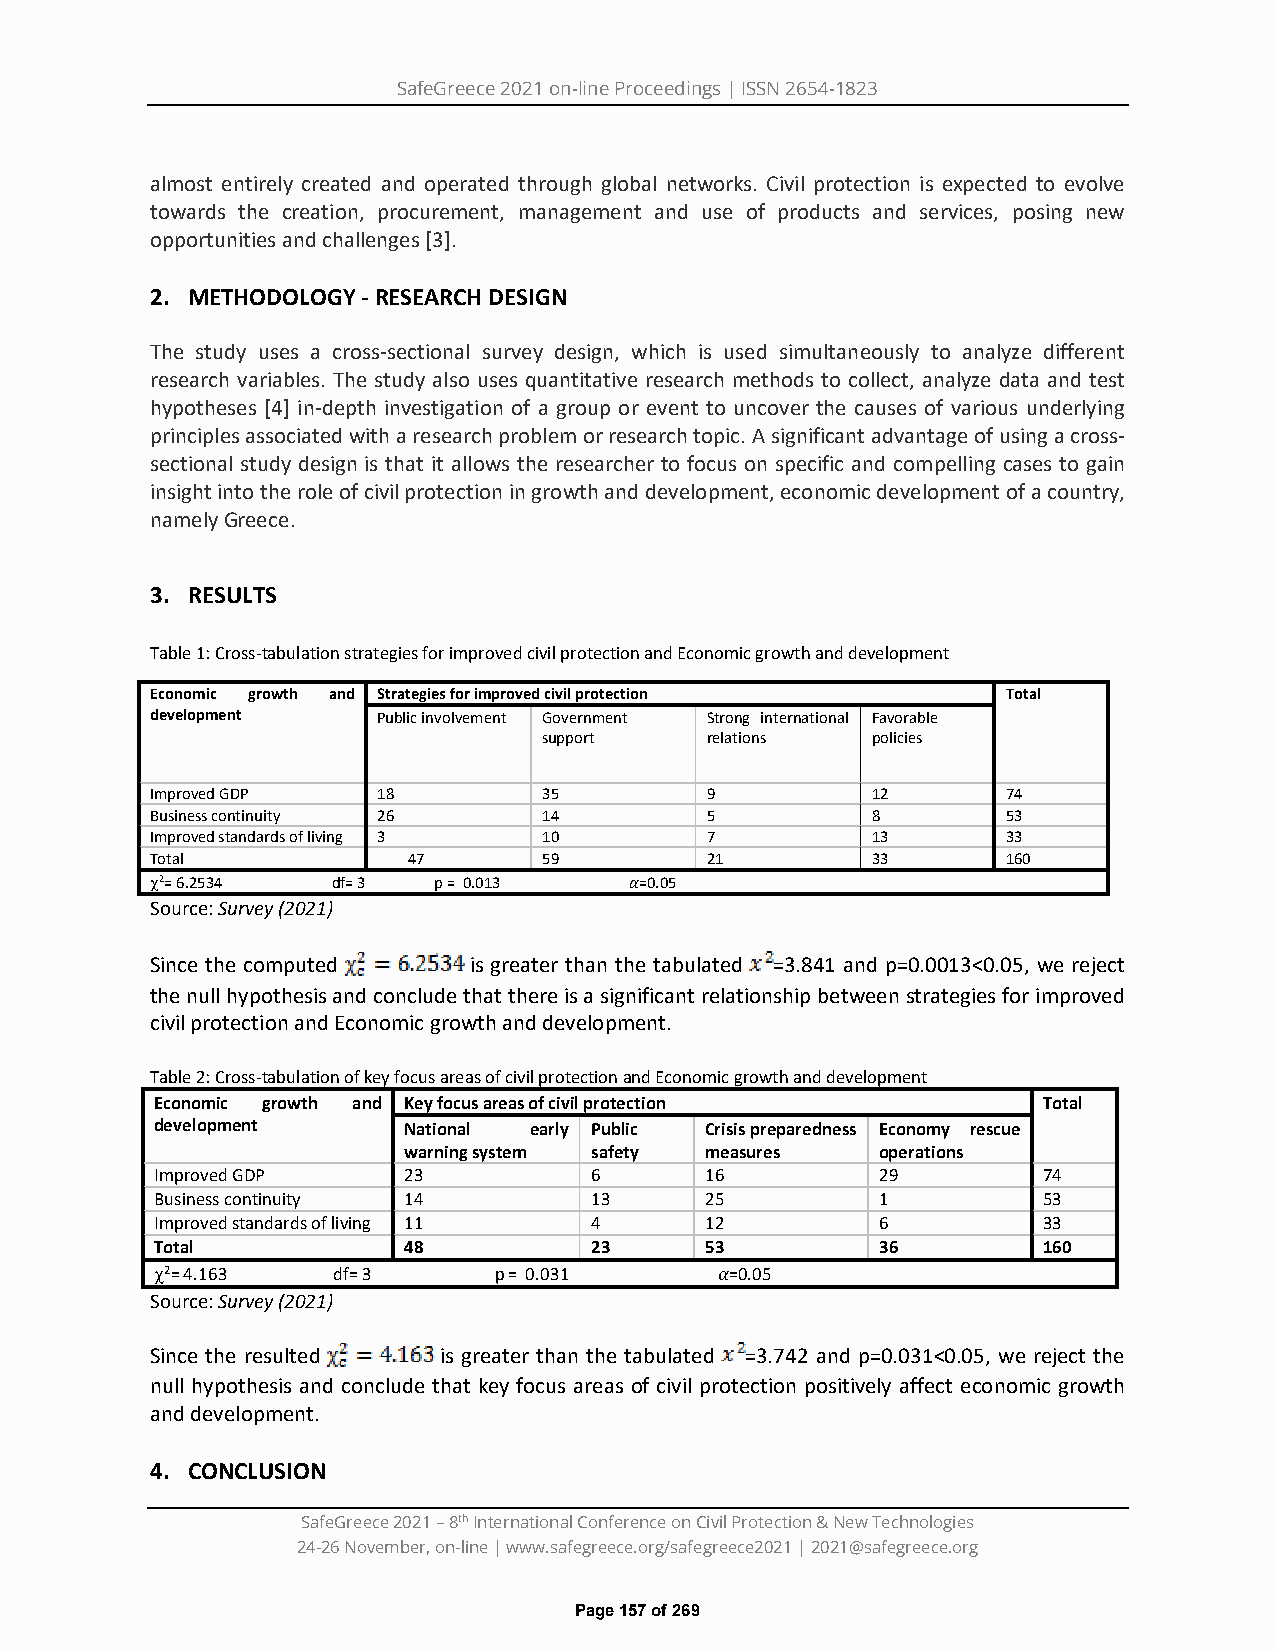
SafeGreece 2021 on-line Proceedings | ISSN 2654-1823
 almost entirely created and operated through global networks. Civil protection is expected to evolve
 towards the creation, procurement, management and use of products and services, posing new
 opportunities and challenges [3].
 2. METHODOLOGY - RESEARCH DESIGN
 The study uses a cross-sectional survey design, which is used simultaneously to analyze different
 research variables. The study also uses quantitative research methods to collect, analyze data and test
 hypotheses [4] in-depth investigation of a group or event to uncover the causes of various underlying
 principles associated with a research problem or research topic. A significant advantage of using a cross-
 sectional study design is that it allows the researcher to focus on specific and compelling cases to gain
 insight into the role of civil protection in growth and development, economic development of a country,
 namely Greece.
 3. RESULTS
 Table 1: Cross-tabulation strategies for improved civil protection and Economic growth and development
 Economic growth and Strategies for improved civil protection Total
 development    Public involvement Government Strong international Favorable
 support    relations  policies
 Improved GDP   18         35         9          12       74
 Business continuity 26    14         5          8        53
 Improved standards of living 3 10    7          13       33
 Total            47       59         21         33       160
 χ2= 6.2534  df= 3  p = 0.013    =0.05
 Source: Survey (2021)
 𝛼𝛼
 Since the computed   is greater than the tabulated =3.841 and p=0.0013<0.05, we reject
 the null hypothesis and conclude that there is a significant relationship between strategies for improved
 civil protection and Economic growth and development.
 Table 2: Cross-tabulation of key focus areas of civil protection and Economic growth and development
 Economic growth and Key focus areas of civil protection    Total
 development      National early Public Crisis preparedness Economy rescue
 warning system safety measures operations
 Improved GDP     23          6       16         29         74
 Business continuity 14       13      25         1          53
 Improved standards of living 11 4    12         6          33
 Total            48          23      53         36         160
 χ2= 4.163   df= 3      p = 0.031      =0.05
 Source: Survey (2021)
 𝛼𝛼
 Since the resulted is greater than the tabulated =3.742 and p=0.031<0.05, we reject the
 null hypothesis and conclude that key focus areas of civil protection positively affect economic growth
 and development.
 4. CONCLUSION
 SafeGreece 2021 – 8th International Conference on Civil Protection & New Technologies
 24-26 November, on-line | www.safegreece.org/safegreece2021 | 2021@safegreece.org
 Page 157 of 269